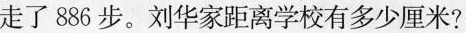
走了886步。刘华家距离学校有多少厘米?